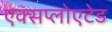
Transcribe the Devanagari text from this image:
एक्सप्लोएटेड